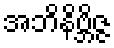
အဘိနိဗ္ဘိဇ္ဇ